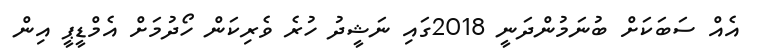
އެއް ސަބަކަށް ބުނަމުންދަނީ 2018ގައި ނަޝީދު ހުރެ ވެރިކަން ހޯދުމަށް އެމްޑީޕީ އިން